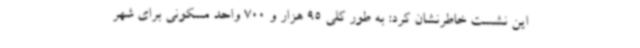
این نشست خاطرنشان کرد: به طور کلی 95 هزار و 700 واحد مسکونی برای شهر